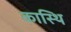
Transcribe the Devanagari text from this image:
कास्थि